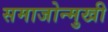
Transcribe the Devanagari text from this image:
समाजोन्मुखी